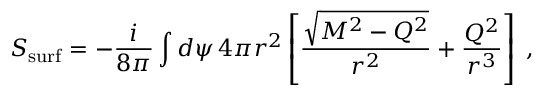
S _ { \mathrm { s u r f } } = - { \frac { i } { 8 \pi } } \int d \psi \, 4 \pi r ^ { 2 } \left[ { \frac { \sqrt { M ^ { 2 } - Q ^ { 2 } } } { r ^ { 2 } } } + { \frac { Q ^ { 2 } } { r ^ { 3 } } } \right] \; ,